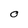
Character: O